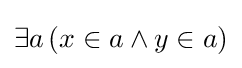
\exists a\,(x\in a\land y\in a)